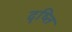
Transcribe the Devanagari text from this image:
दृष्ति